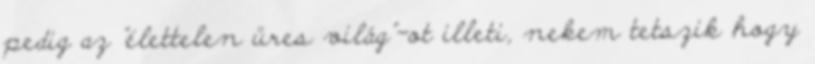
pedig az "élettelen üres világ"-ot illeti, nekem tetszik hogy